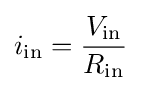
i_{\text{in}}={\frac {V_{\text{in}}}{R_{\text{in}}}}